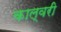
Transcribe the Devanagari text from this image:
काल्वरी